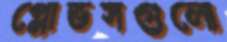
গ্লোভসগুলো